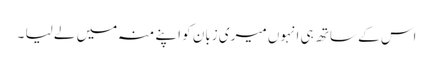
اس کے ساتھ ہی انہوں میری زبان کو اپنے منہ میں لے لیا ۔